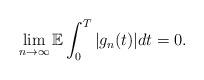
LaTeX: \begin{align*}\lim_{n\rightarrow\infty}\mathbb{E} \int_0^T |g_n(t)| dt = 0.\end{align*}